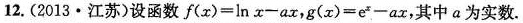
12.(2013·江苏)设函数 $$f ( x ) = ln x - a x$$ ， $$g ( x ) = e ^ { x } - a x$$ ，其中a为实数。